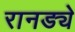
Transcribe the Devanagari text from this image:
रानड्ये